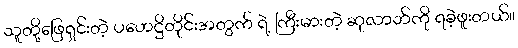
သူတို့ဖြေရှင်းတဲ့ ပဟေဋ္ဌိတိုင်းအတွက် ရဲ့ ကြီးမားတဲ့ ဆုလာဘ်ကို ရခဲ့ဖူးတယ်။